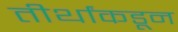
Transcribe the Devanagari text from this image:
तीर्थांकडून